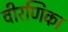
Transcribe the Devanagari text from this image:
वीरणिका